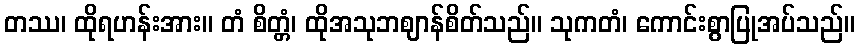
တဿ၊ ထိုရဟန်းအား။ တံ စိတ္တံ၊ ထိုအသုဘဈာန်စိတ်သည်။ သုကတံ၊ ကောင်းစွာပြုအပ်သည်။